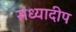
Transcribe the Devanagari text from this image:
संध्यादीप